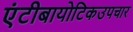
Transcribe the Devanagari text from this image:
एंटीबायोटिकउपचार